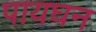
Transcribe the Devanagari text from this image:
पायघन